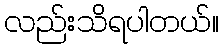
လည်းသိရပါတယ်။